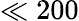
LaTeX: \ll 200